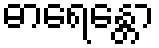
ဓာရေန္တော